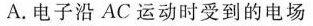
A.电子沿AC运动时受到的电场